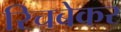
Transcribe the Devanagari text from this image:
रिचबेकर